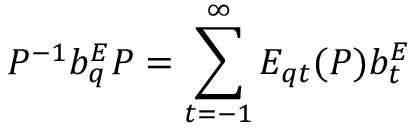
{ \cal P } ^ { - 1 } b _ { q } ^ { E } { \cal P } = \sum _ { t = - 1 } ^ { \infty } E _ { q t } ( { \cal P } ) b _ { t } ^ { E }